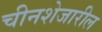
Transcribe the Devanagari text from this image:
चीनशेजारील